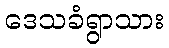
ဒေသခံရွာသား